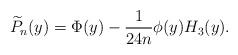
LaTeX: \begin{align*}\widetilde{P}_n(y)=\Phi(y)-\frac{1}{24n}\phi(y)H_3(y).\end{align*}